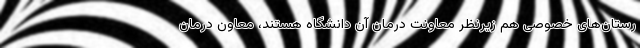
رستان‌های خصوصی هم زیرنظر معاونت درمان آن دانشگاه هستند، معاون درمان